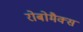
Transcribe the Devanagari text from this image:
रोबोमैक्स